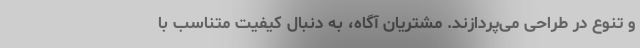
و تنوع در طراحی می‌پردازند. مشتریان آگاه، به دنبال کیفیت متناسب با